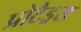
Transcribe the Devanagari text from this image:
प्रोटैड्रस